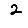
Digit: 2